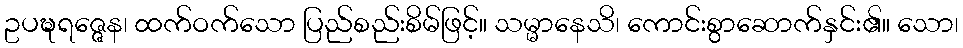
ဥပဍ္ဎရဇ္ဇေန၊ ထက်ဝက်သော ပြည်စည်းစိမ်ဖြင့်။ သမ္မာနေသိ၊ ကောင်းစွာဆောက်နှင်း၏။ သော၊